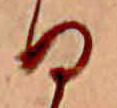
日